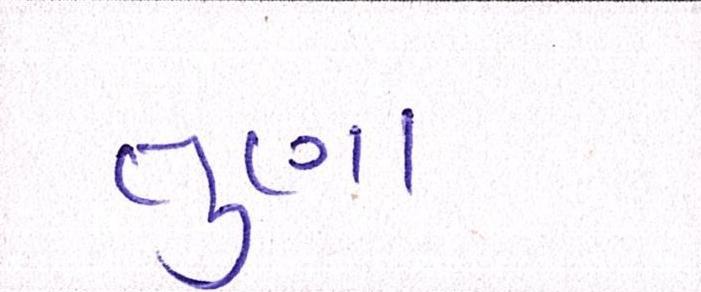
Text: તુણા